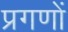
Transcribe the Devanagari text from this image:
प्रगणों